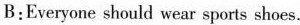
B:Everyone should wear sports shoes.